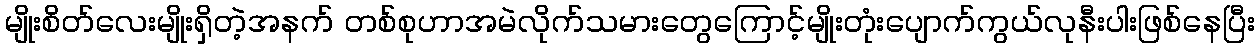
မျိုးစိတ်လေးမျိုးရှိတဲ့အနက် တစ်စုဟာအမဲလိုက်သမားတွေကြောင့်မျိုးတုံးပျောက်ကွယ်လုနီးပါးဖြစ်နေပြီး